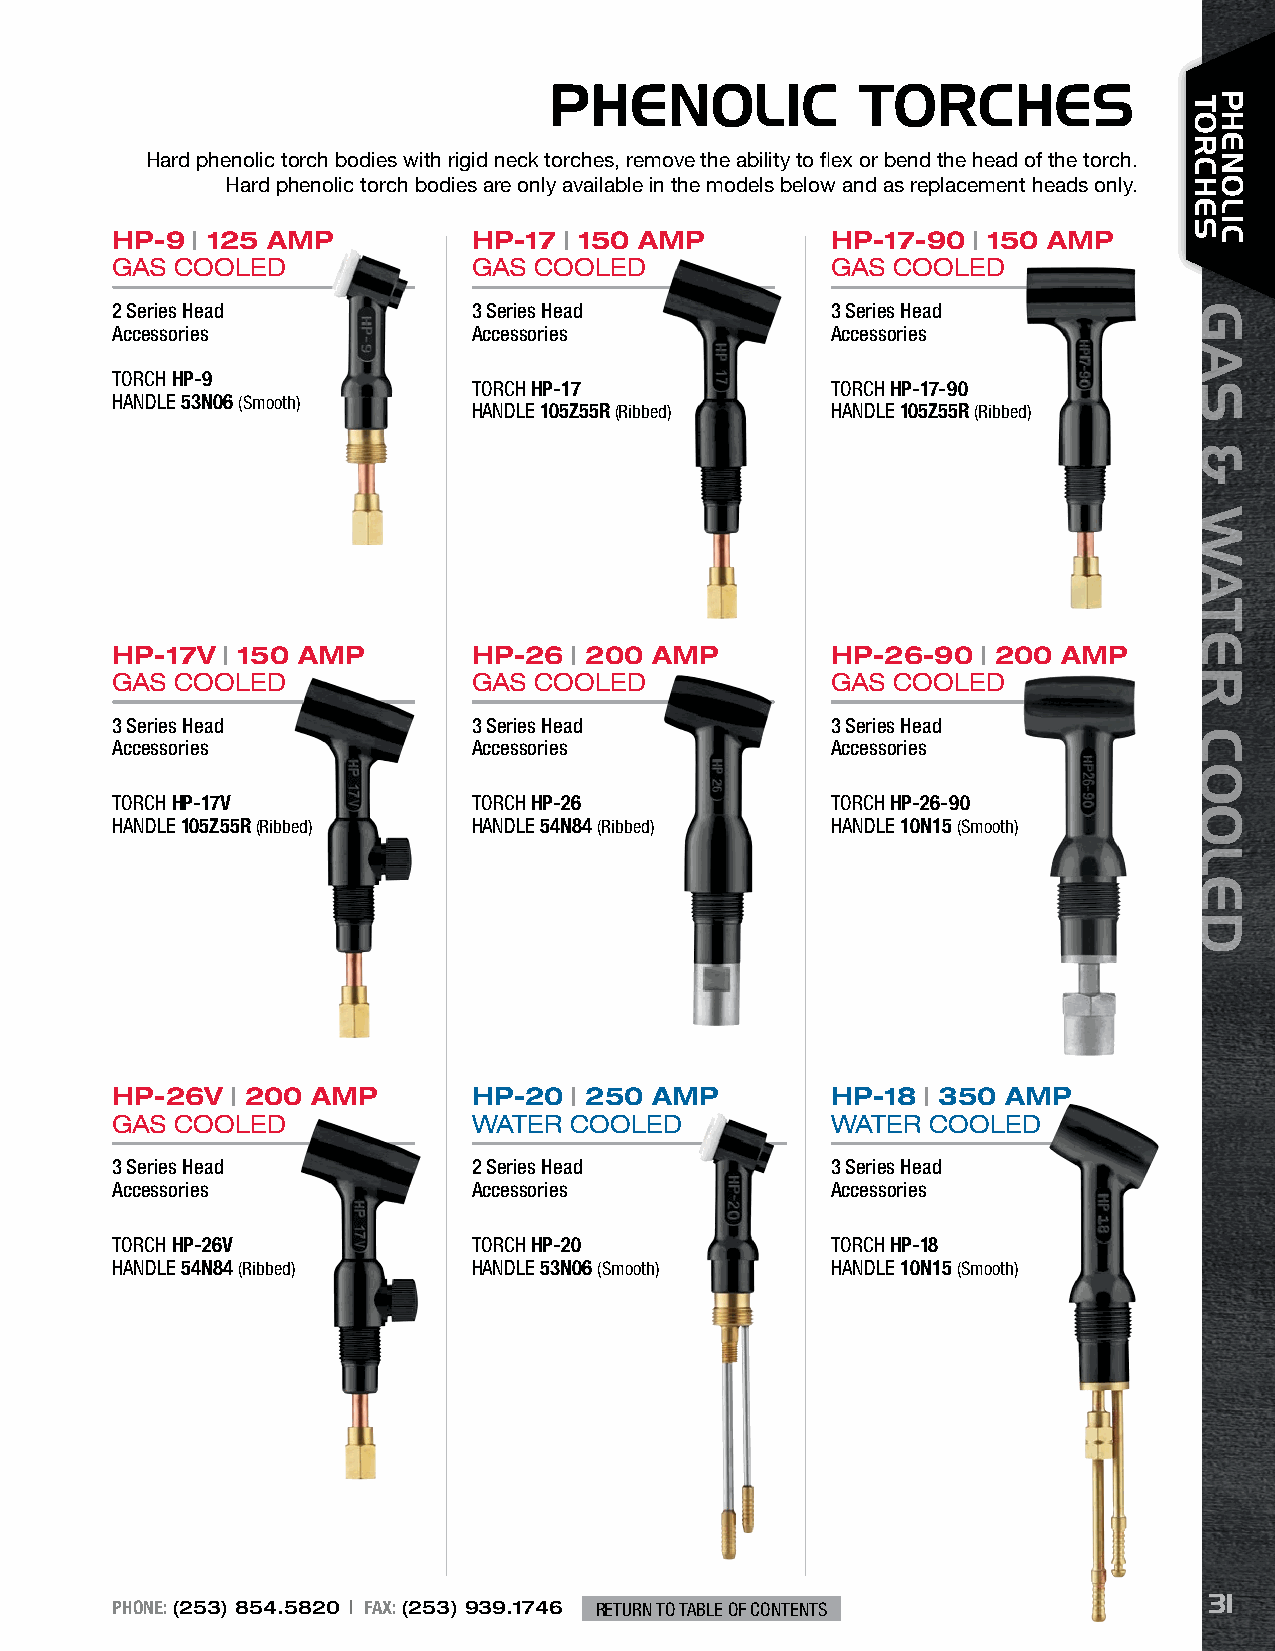
PHENOLIC             TORCHES
 Hard phenolic torch bodies with rigid neck torches, remove the ability to flex or bend the head of the torch.
 Hard phenolic torch bodies are only available in the models below and as replacement heads only.
 HP-9  | 125 AMP         HP-17 | 150 AMP         HP-17-90 | 150 AMP
 GAS  COOLED             GAS COOLED              GAS COOLED
 2 Series Head           3 Series Head           3 Series Head
 Accessories             Accessories             Accessories
 TORCH HP-9
 TORCH HP-17             TORCH HP-17-90
 HANDLE 53N06 (Smooth)
 HANDLE 105Z55R (Ribbed) HANDLE 105Z55R (Ribbed)
 HP-17V  | 150 AMP       HP-26  | 200 AMP        HP-26-90  | 200 AMP
 GAS  COOLED             GAS COOLED              GAS COOLED
 3 Series Head           3 Series Head           3 Series Head
 Accessories             Accessories             Accessories
 TORCH HP-17V            TORCH HP-26             TORCH HP-26-90
 HANDLE 105Z55R (Ribbed) HANDLE 54N84 (Ribbed)   HANDLE 10N15 (Smooth)
 HP-26V  | 200 AMP       HP-20  | 250 AMP        HP-18 | 350 AMP
 GAS  COOLED             WATER  COOLED           WATER  COOLED
 3 Series Head           2 Series Head           3 Series Head
 Accessories             Accessories             Accessories
 TORCH HP-26V            TORCH HP-20             TORCH HP-18
 HANDLE 54N84 (Ribbed)   HANDLE 53N06 (Smooth)   HANDLE 10N15 (Smooth)
 31
 PHONE: (253) 854.5820 | FAX: (253) 939.1746 RETURN TO TABLE OF CONTENTS
 TORCHES
 GAS
 &
 WATER
 COOLED
 PHENOLIC